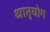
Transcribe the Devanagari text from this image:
धातुयोग